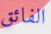
الفائق